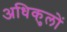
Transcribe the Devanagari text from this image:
अधिकुलों